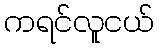
ကရင်လူငယ်